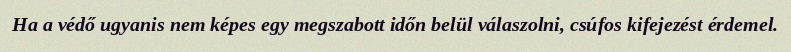
Ha a védő ugyanis nem képes egy megszabott időn belül válaszolni, csúfos kifejezést érdemel.